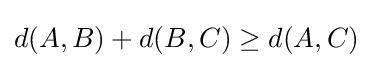
d(A,B)+d(B,C)\geq d(A,C)